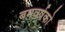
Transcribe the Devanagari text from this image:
बमवर्षको